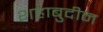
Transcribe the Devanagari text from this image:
शहाबुदीन